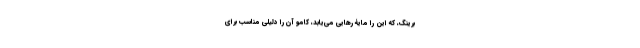
برینگ، که این را مایۀ رهایی می‌یابد، کامو آن را دلیلی مناسب برای